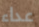
عداء